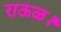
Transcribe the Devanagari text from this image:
राऊळ।